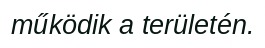
működik a területén.